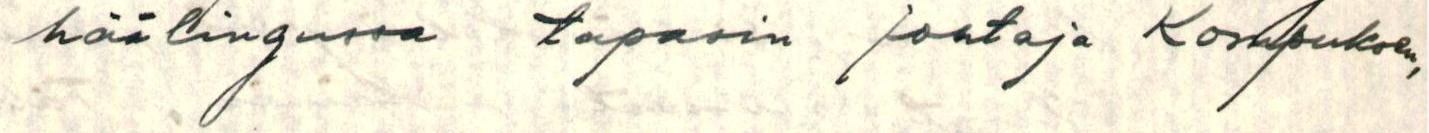
häälingussa tapasin johtaja Kompuksen,